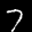
Label: 7